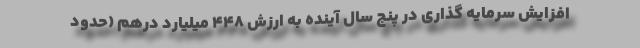
افزایش سرمایه گذاری در پنج سال آینده به ارزش ۴۴۸ میلیارد درهم (حدود